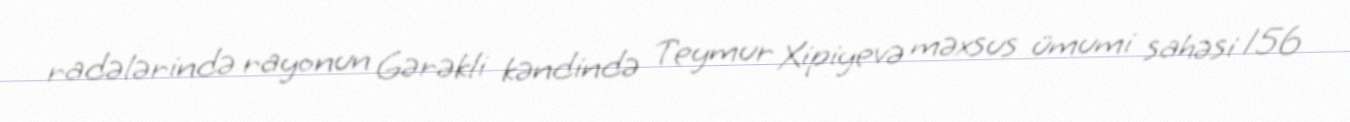
radələrində rayonun Gərəkli kəndində Teymur Xipiyevə məxsus ümumi sahəsi 156